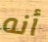
أنه